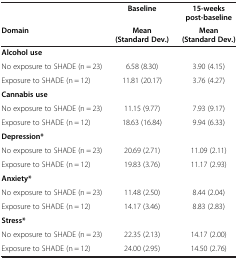
<table><thead><tr><td><b> </b></td><td><b>Baseline</b></td><td><b>15-weeks post-baseline</b></td></tr><tr><td><b>Domain</b></td><td><b>Mean (Standard Dev.)</b></td><td><b>Mean (Standard Dev.)</b></td></tr></thead><tbody><tr><td><b>Alcohol use</b></td><td> </td><td> </td></tr><tr><td>No exposure to SHADE (n = 23)</td><td>6.58 (8.30)</td><td>3.90 (4.15)</td></tr><tr><td>Exposure to SHADE (n = 12)</td><td>11.81 (20.17)</td><td>3.76 (4.27)</td></tr><tr><td><b>Cannabis use</b></td><td> </td><td> </td></tr><tr><td>No exposure to SHADE (n = 23)</td><td>11.15 (9.77)</td><td>7.93 (9.17)</td></tr><tr><td>Exposure to SHADE (n = 12)</td><td>18.63 (16.84)</td><td>9.94 (6.33)</td></tr><tr><td><b>Depression*</b></td><td> </td><td> </td></tr><tr><td>No exposure to SHADE (n = 23)</td><td>20.69 (2.71)</td><td>11.09 (2.11)</td></tr><tr><td>Exposure to SHADE (n = 12)</td><td>19.83 (3.76)</td><td>11.17 (2.93)</td></tr><tr><td><b>Anxiety*</b></td><td> </td><td> </td></tr><tr><td>No exposure to SHADE (n = 23)</td><td>11.48 (2.50)</td><td>8.44 (2.04)</td></tr><tr><td>Exposure to SHADE (n = 12)</td><td>14.17 (3.46)</td><td>8.83 (2.83)</td></tr><tr><td><b>Stress*</b></td><td> </td><td> </td></tr><tr><td>No exposure to SHADE (n = 23)</td><td>22.35 (2.13)</td><td>14.17 (2.00)</td></tr><tr><td>Exposure to SHADE (n = 12)</td><td>24.00 (2.95)</td><td>14.50 (2.76)</td></tr></tbody></table>